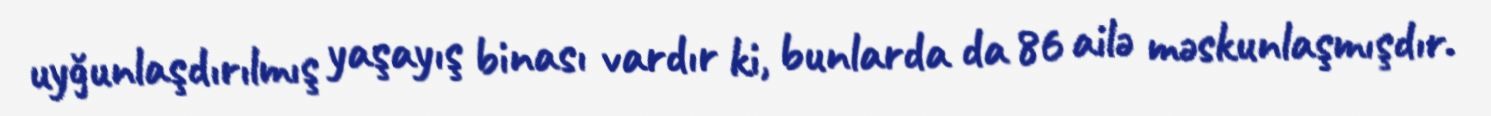
uyğunlaşdırılmış yaşayış binası vardır ki, bunlarda da 86 ailə məskunlaşmışdır.